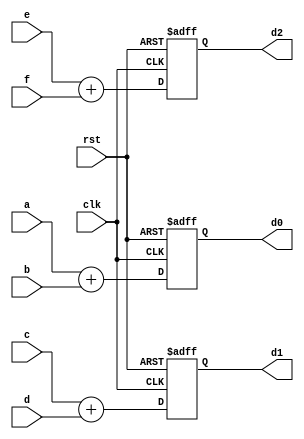
module Block3(a,b,c,d,e,f,d0,d1,d2,clk,rst);
	input [7:0] a,b,c,d,e,f;
	input clk,rst;
	output reg [7:0] d0 ,d1,d2;
	always @(posedge clk or posedge rst)begin
		if(rst) begin
			d0 <= 0;
			d1 <= 0;
			d2 <= 0;
		end
		else begin
			d0 <= a + b;
			d1 <= c + d;
			d2 <= e + f;
		end
	end
endmodule